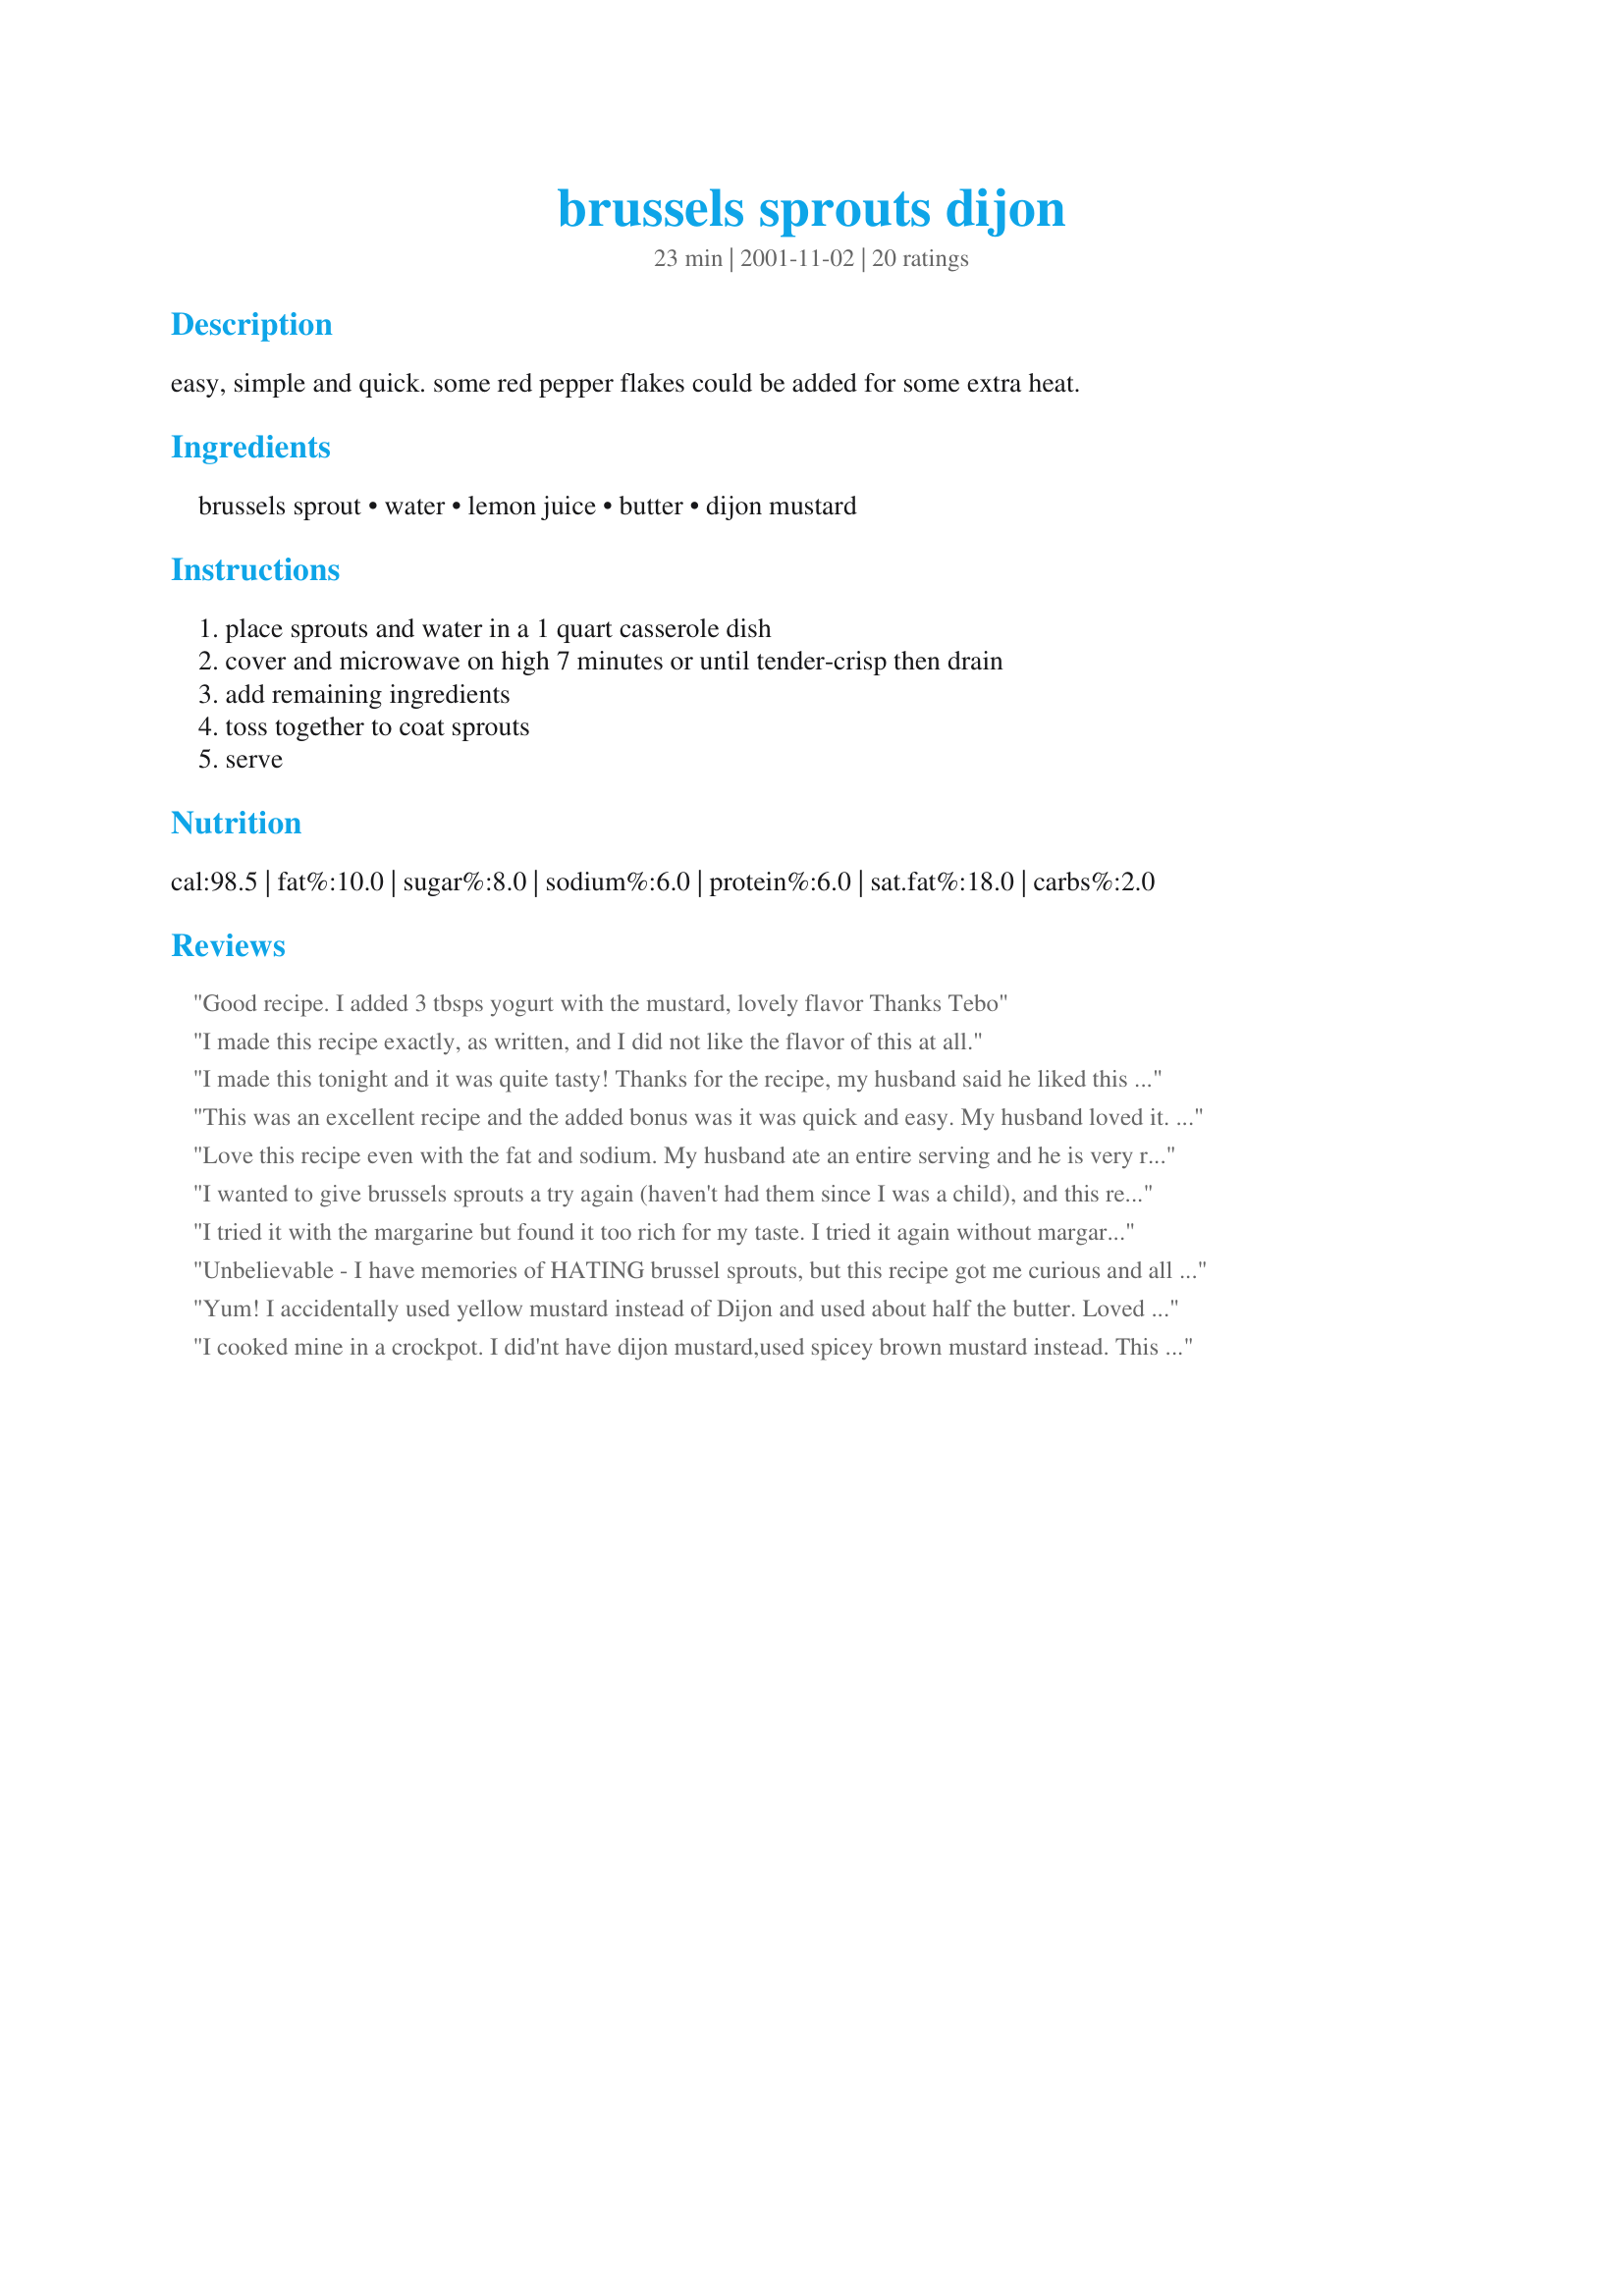
brussels sprouts dijon
Preparation time: 23 minutes

easy, simple and quick. some red pepper flakes could be added for some extra heat.

Ingredients:
brussels sprout, water, lemon juice, butter, dijon mustard

Steps:
place sprouts and water in a 1 quart casserole dish, cover and microwave on high 7 minutes or until tender-crisp then drain, add remaining ingredients, toss together to coat sprouts, serve

Reviews:
Good recipe. I added 3 tbsps yogurt with the mustard, lovely flavor Thanks Tebo
I made this recipe exactly, as written, and I did not like the flavor of this at all.
I made this tonight and it was quite tasty! Thanks for the recipe, my husband said he liked this better than roasted brussel sprouts! I only used 1/2 the butter and it was still great.
This was an excellent recipe and the added bonus was it was quick and easy. My husband loved it. Will be a favorite at our house.
Love this recipe even with the fat and sodium. My husband ate an entire serving and he is very reluctant to do most vegetables. It is as good as roasting Brussels Sprouts and takes a fraction of the time. That makes it a winner for me whenever I can get fresh Brussels Sprouts.
I wanted to give brussels sprouts a try again (haven't had them since I was a child), and this recipe had such great reviews that I thought it would be a good one to try. Unfortunately, I didn't like it at all! It wasn't the recipe - the sauce on the sprouts was really good. I just don't like brussels sprouts any more than I did 20 years ago! My husband really liked them though, and he's not a big veggie eater - so kudos for that!
I tried it with the margarine but found it too rich for my taste. I tried it again without margarine and it was simply delicious.
Unbelievable - I have memories of HATING brussel sprouts, but this recipe got me curious and all I can say is yum! I used the baby frozen ones and skipped the lemon juice and did the whole ordeal on the stove (which took less than 15 minutes). I adore these and have made them a couple times a week since for the past month! Just lovely - DH enjoyed them too :)
Yum! I accidentally used yellow mustard instead of Dijon and used about half the butter. Loved how the tangy mustard/lemon really made the natural sweetness of the sprouts come through. I want to try this sauce with a bunch of different veggies now too.
I cooked mine in a crockpot. I did'nt have dijon mustard,used spicey brown mustard instead. This was the best brussel sprouts I've ever eaten. <br/>I tooked them to my mom's for Thanksgiving dinner.Some of the family that did'nt try them,including my husband just do'nt know what they're missing. The family members that did, loved them.
This is fantastic!! My new favorite way to eat brussels sprouts!! Instead of butter, I used Smart Balance light.... good stuff!! Thank you!
Great recipe! I made this for Thanksgiving and was surprised at how many people loved them! I'll have to make a bigger batch next time, they were a hit! I added a little creamy horseradish to the sauce and that was delicious!
Nothing to change,a family member who is not overly keen on sprouts said they were alright, which is a huge compliment. I loved them. I did add the chilli flakes for extra zap.
EXCELLENT! I loved the taste and tang of the lemon with the mustard. You could probably use a variety of mustards instead of Dijon. The nutty flavor of the sprouts was not overpowered by the other ingredients. For health sake, perhaps cutting the butter in 1/2 would be good, allowing the mustard to do the rest of the work. 7-min was perfect cook time- firm and al dente.
These were great! I used honey dijon dressing instead of the mustard and I halved the sprouts. In the microwave, I forgot to cover them, so they didn't need to be drained, but they still turned out great. This is definitely a repeater. Thanks!
A great recipe for Brussel Sprouts. The sprouts were firm and delicious, and the butter and lemon juice were the perfect sauce. Thanks, Tebo for posting this easy, tasty recipe.
These sprouts were delicious. Great combination of flavours and so easy to make. Thanks
mmmm! the only way my fiance will eat brussels!!!
These are very good. A quick and easy way to prepare fresh sprouts. Followed the recipe to the letter.
Great way to dress up Brussels Sprouts. I added a bit more lemon upon serving, but otherwise kept to the recipe. Very very good. I will be making these again soon.
